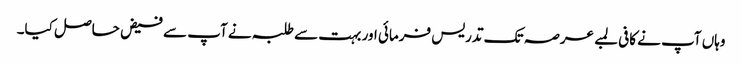
وہاں آپ نے کافی لمبے عرصہ تک تدریس فرمائی اور بہت سے طلبہ نے آپ سے فیض حاصل کیا۔